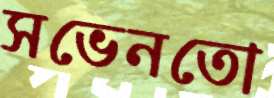
সভেনতো